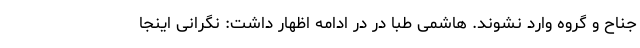
جناح و گروه وارد نشوند. هاشمی طبا در در ادامه اظهار داشت: نگرانی اینجا